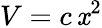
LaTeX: V=c\, \mathit{x}^{2}